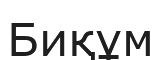
Биқұм